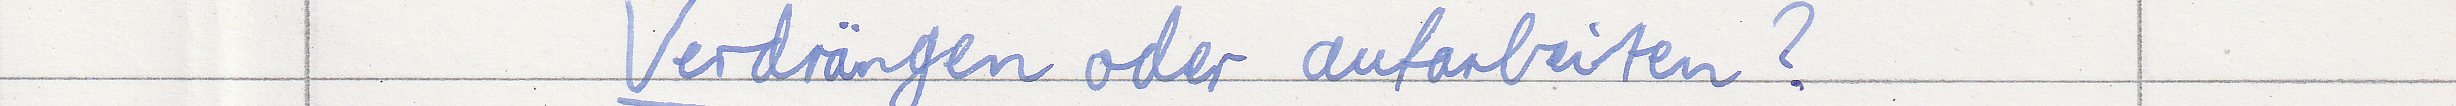
Verdrängen oder aufarbeiten?